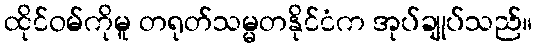
ထိုင်ဝမ်ကိုမူ တရုတ်သမ္မတနိုင်ငံက အုပ်ချုပ်သည်။